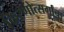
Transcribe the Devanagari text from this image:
किरणोत्सर्गांचा